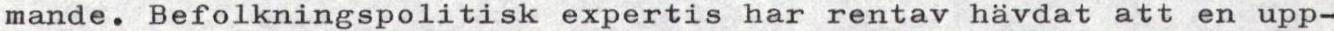
mande. Befolkningspolitisk expertis har rentav hävdat att en upp-